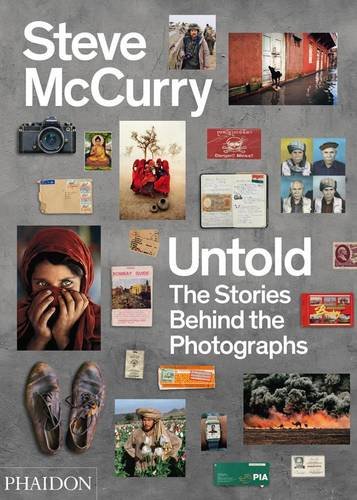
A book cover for Untold: The Stories Behind the Photographs; Steve McCurry; Arts & Photography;